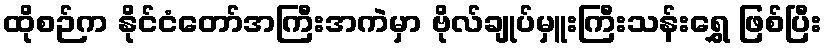
ထိုစဉ်က နိုင်ငံတော်အကြီးအကဲမှာ ဗိုလ်ချုပ်မှူးကြီးသန်းရွှေ ဖြစ်ပြီး